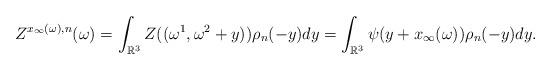
LaTeX: \begin{align*}Z^{x_{\infty}(\omega),n} (\omega) = \displaystyle{\int_{\mathbb R^3} Z((\omega^1, \omega^2+y) ) \rho_n(-y)dy }= \displaystyle{\int_{\mathbb R^3} \psi(y+ x_{\infty}(\omega)) \rho_n(-y)dy}.\end{align*}